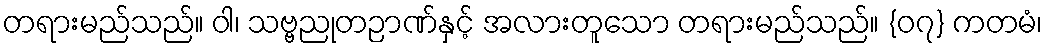
တရားမည်သည်။ ဝါ၊ သဗ္ဗညုတဉာဏ်နှင့် အလားတူသော တရားမည်သည်။ {၀၇} ကတမံ၊